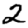
Digit: 2